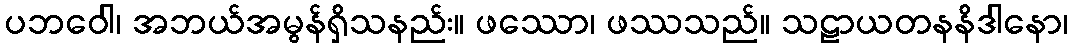
ပဘဝေါ၊ အဘယ်အမွန်ရှိသနည်း။ ဖဿော၊ ဖဿသည်။ သဠာယတနနိဒါနော၊